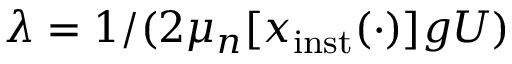
\lambda = 1 / ( 2 \mu _ { n } \lbrack x _ { \mathrm { i n s t } } ( \cdot ) \rbrack g U )